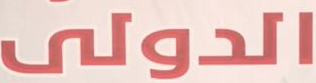
الدولى